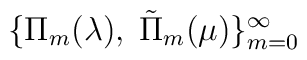
\{ \Pi_m(\lambda), \; \tilde{\Pi}_m(\mu)\}^{\infty}_{m=0}